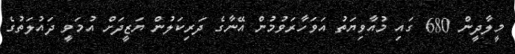
މީލާދީން 680 ގައި މުއާވިޔަތު އަވަހާރަވުމުން އޭނާގެ ދަރިކަލުން ޔަޒީދަށް އުމަވީ ދައުލަތުގެ